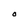
Character: O